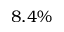
8 . 4 \%